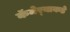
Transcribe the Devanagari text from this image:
कॅमेर्‍याकडे